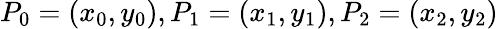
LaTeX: P_{0}=(x_{0},y_{0}),P_{1}=(x_{1},y_{1}),P_{2}=(x_{2},y_{2})